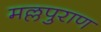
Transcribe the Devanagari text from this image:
मल्लपुराण